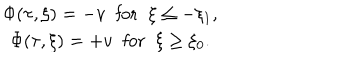
\begin{array} { c } { { \Phi ( \tau , \xi ) = - v \; \; \mathrm { f o r } \; \; \xi \leq - \xi _ { 1 } , } } \\ { { \Phi ( \tau , \xi ) = + v \; \; \mathrm { f o r } \; \; \xi \geq \xi _ { 0 } . } } \\ \end{array}